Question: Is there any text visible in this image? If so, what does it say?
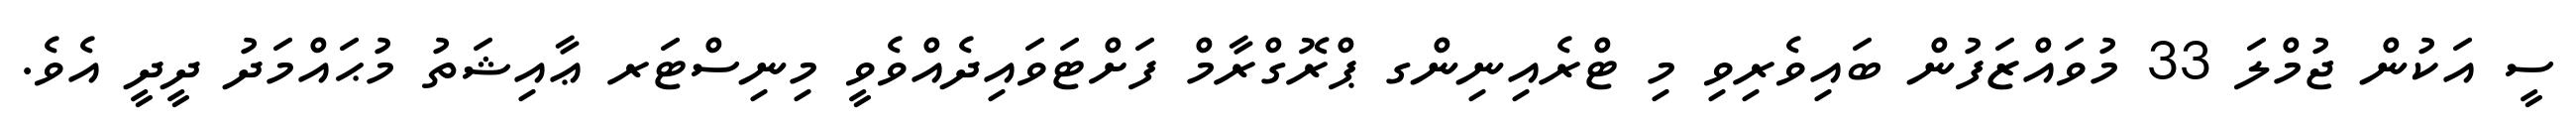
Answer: ސީ އަކުން ޖުމްލަ 33 މުވައްޒަފުން ބައިވެރިވި މި ޓްރެއިނިންގ ޕްރޮގްރާމް ފަށްޓަވައިދެއްވެވީ މިނިސްޓަރ ޢާއިޝަތު މުޙައްމަދު ދީދީ އެވެ.